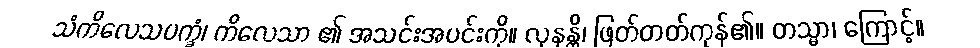
သံကိလေသပက္ခံ၊ ကိလေသာ ၏ အသင်းအပင်းကို။ လုနန္တိ၊ ဖြတ်တတ်ကုန်၏။ တသ္မာ၊ ကြောင့်။